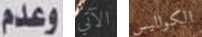
وعدم الآتي الكواليس